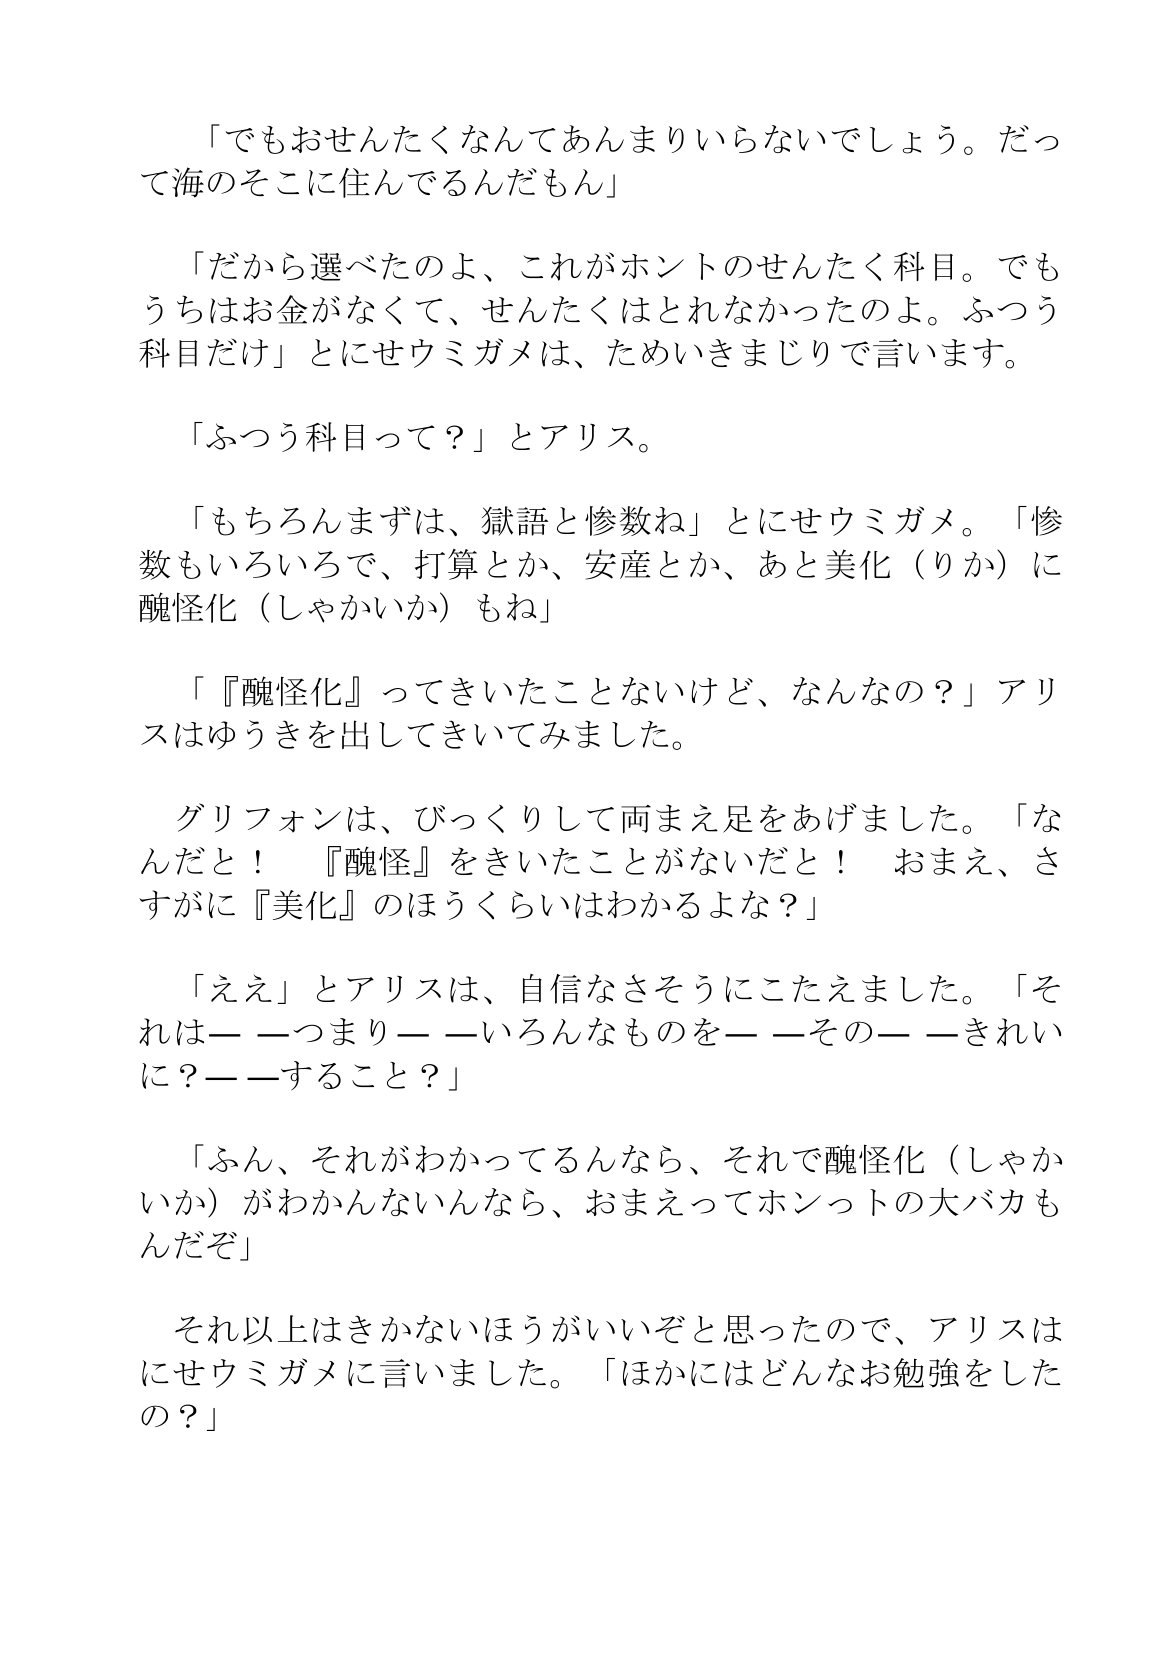
Language: ja